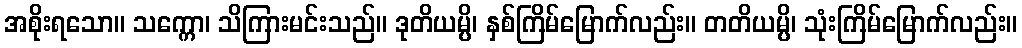
အစိုးရသော။ သက္ကော၊ သိကြားမင်းသည်။ ဒုတိယမ္ပိ၊ နှစ်ကြိမ်မြောက်လည်း။ တတိယမ္ပိ၊ သုံးကြိမ်မြောက်လည်း။